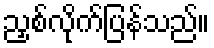
ညှစ်လိုက်ပြန်သည်။